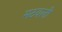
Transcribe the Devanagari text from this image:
मठवली